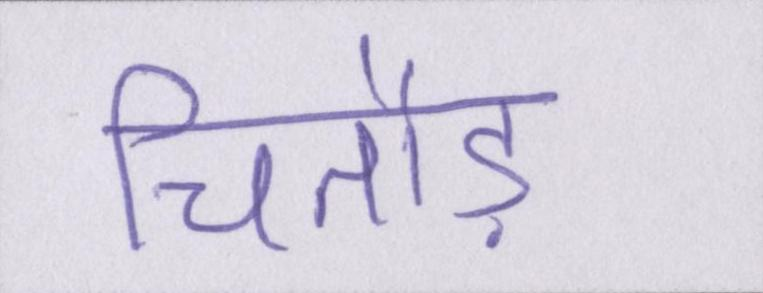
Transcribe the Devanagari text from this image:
चितौड़